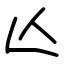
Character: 亾